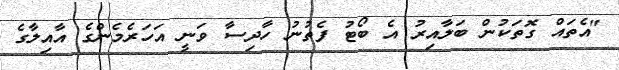
"އެތައް ގޮތަކުން ބަލާއިރު އެ ބޯޓު ފެތުނު ހާދިސާ ވަނީ އަހަރެމެންގެ އާއިލާގެ